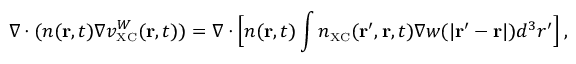
\nabla \cdot ( n ( { \bf r } , t ) \nabla v _ { \scriptscriptstyle \mathrm { X C } } ^ { W } ( { \bf r } , t ) ) = \nabla \cdot \Big [ n ( { \bf r } , t ) \int n _ { \scriptscriptstyle \mathrm { X C } } ( { \bf r } ^ { \prime } , { \bf r } , t ) \nabla w ( \vert { \bf r } ^ { \prime } - { \bf r } \vert ) d ^ { 3 } r ^ { \prime } \Big ] \, ,